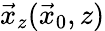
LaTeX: \vec{x}_{z}(\vec{x}_{0},z)